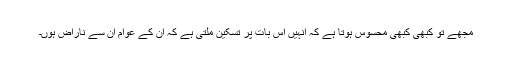
مجھے تو کبھی کبھی محسوس ہوتا ہے کہ انہیں اس بات پر تسکین ملتی ہے کہ ان کے عوام ان سے ناراض ہوں۔